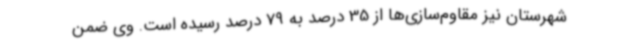
شهرستان نیز مقاوم‌سازی‌ها از 35 درصد به 79 درصد رسیده است. وی ضمن